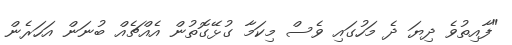
"ފާއިތުވެ ދިޔަ ދެ މަހުގައި ވެސް މިކަމާ ގުޅޭގޮތުން އެއްޗެއް ބުނަން އަހަރެން